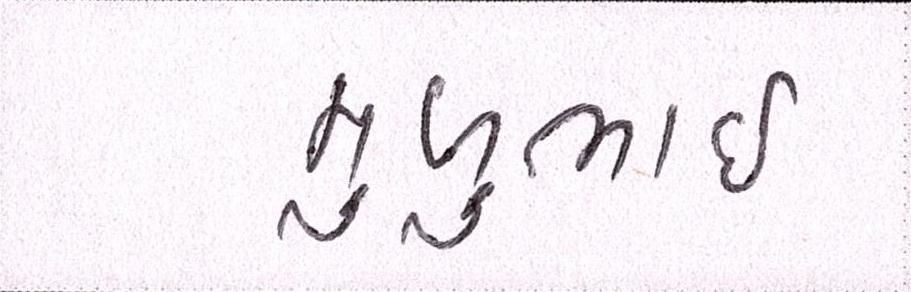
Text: મુળુભાઇ